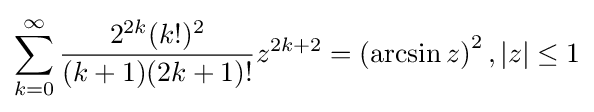
\sum _{k=0}^{\infty }{\frac {2^{2k}(k!)^{2}}{(k+1)(2k+1)!}}z^{2k+2}=\left(\arcsin {z}\right)^{2},|z|\leq 1